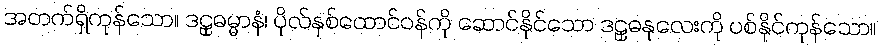
အတက်ရှိကုန်သော။ ဒဠှဓမ္မာနံ၊ ပိုလ်နှစ်ထောင်ဝန်ကို ဆောင်နိုင်သော ဒဠှဓနုလေးကို ပစ်နိုင်ကုန်သော။